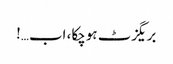
بریگزٹ ہوچکا، اب…!